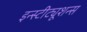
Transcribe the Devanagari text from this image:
इन्स्टीट्यूशन्स